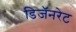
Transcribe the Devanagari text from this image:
डिजॅनरेट